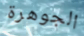
الجوهرة